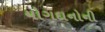
યોગદાનોની